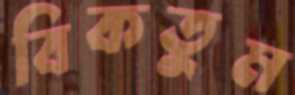
বিকতুম